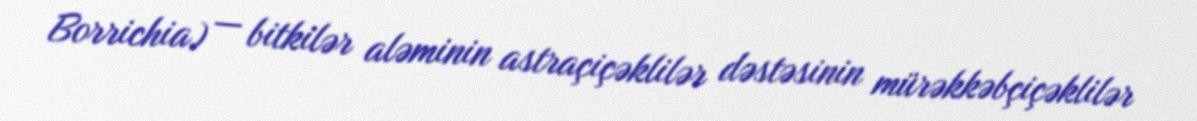
Borrichia) — bitkilər aləminin astraçiçəklilər dəstəsinin mürəkkəbçiçəklilər